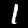
Digit: 1